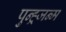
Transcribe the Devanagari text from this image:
पुन्ह्र्जन्म